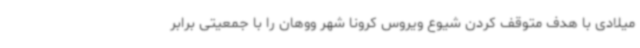
میلادی با هدف متوقف کردن شیوع ویروس کرونا شهر ووهان را با جمعیتی برابر